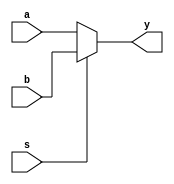
module mux21(a,b,s,y);
	input a,b,s;
	output y;
	reg y;
	always @(a,b,s)
    
        

if(s==1'B0)begin y=a;end
else begin y=b;end
        

	
endmodule